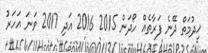
ޚިދުމަތް ދޭނެ ފަރާތެއް ހޯދަން 2015 2016 އަދި 2017 ވަނަ އަހަރު